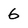
Character: 6